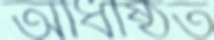
অধিষ্ঠিত